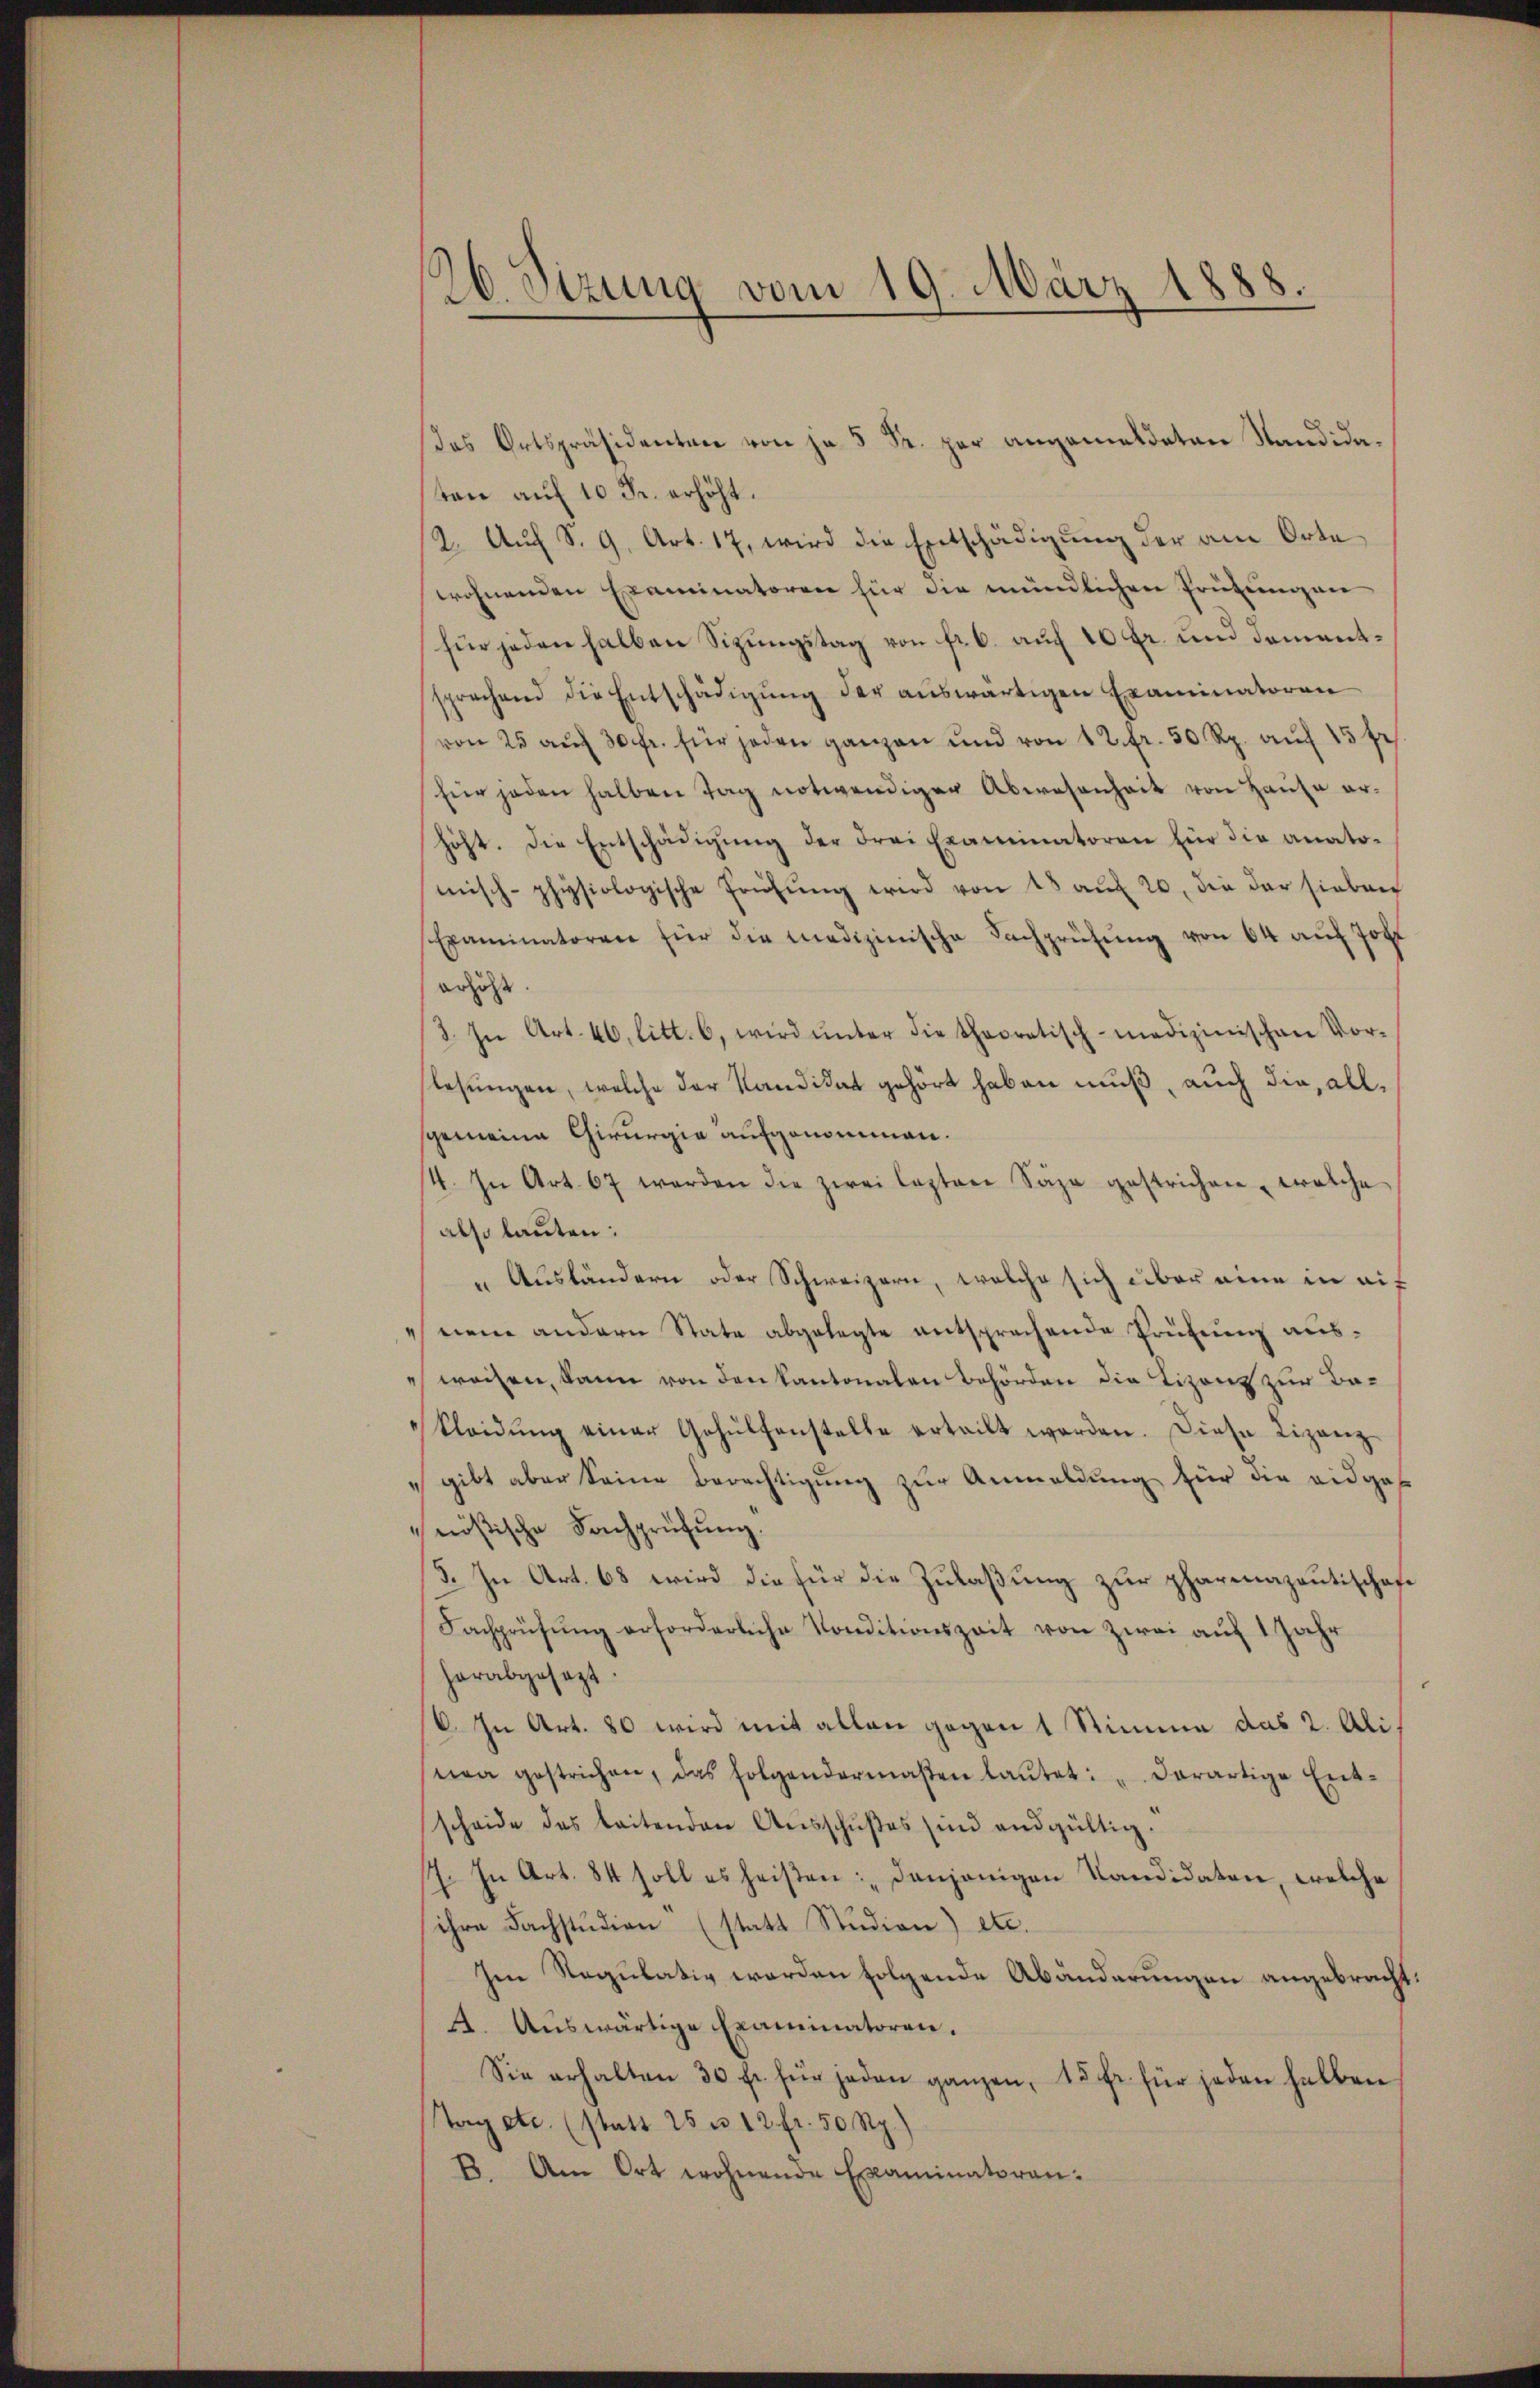
26. Sizung vom 19. März 1888.

das Ortspräsidenten von je 5 Fr. per angemeldeten Standidasten auf 10 Fr. erhöht.
12. Auf S. 9. Art. 17, wird die Entschädigung der am Orte
wohnenden Examinatoren für die mündlichen Prüfungen
für jeden halben Sizungstag von fr. 6. auf 10 fr. und dementsprechend die Entschädigŭng der aŭswärtigen Examinatoren
von 25 auf 30 fr. für jeden ganzen und von 12 fr. 50 Rp. aŭf 15 fr
für jeden halben Tag notwendiger Abwesenheit von Haŭse er-
höht. Die Entschädigŭng der drei Examinatoren für die anato-
misch-physiologische Frühŭng wird von 18 aŭf 20. die der sieben
Examinatoren für die medizinische Fachprüfŭng von 64 aŭf Joh
erhöht
3. In Art. 46, litt. 6, wird ŭnter die theoretisch-medizinischen Vor-
lesungen, welche der Kandidat gehört haben muß, auch die, allgemeine Chirurgia aufgenommen.
14. In Art. 67 werden die zwei lezten Säge gestrichen, welche
also lauten:
" Aŭsländern oder Schweizern, welche sich über eine in auf
nene andern State abgelegte entsprechende Prüfung ausweisen, kann von den Kantonalen Behörden die Tizont zur Be¬
Kleidŭng einer Gehülfenstelle erteilt worden. Diese Lizanz
gibt aber seine Berechtigung zur Anmeldung für die eidgas
nößische Fachprüfŭng.
3. In Art. 68 wird die für die Zulaßung zur pharmazantischafe
Fachprüfŭng erforderliche Konditionszeit von Zwei aŭf 1 Jahr
herabgesezt.
V. In Art. 80 wird mit allen gegen 1 Stimme das 2. Alinea gestrichen, das folgendermaßen laŭtet: "derartige Ent-
scheide des beitenden Aŭsschußes sind endgültig.
7. In Art. 84 soll es heißen: „Denjenigen Kandidaten, welche
ihre Fachstudien (statt Studion) etc.
Im Regulativ werden folgende Abänderungen angebracht.
4. Aŭswärtige Examinatoren.
Sie erhalten 30 fr. für jeden ganzen, 15 fr. für jeden halben
Tag etc. (statt 25 n 12 fr. 50 Rp.)
B. Am Ort wohnende Examinatoren: